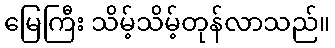
မြေကြီး သိမ့်သိမ့်တုန်လာသည်။